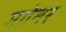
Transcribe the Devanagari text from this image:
मग़ेतर